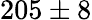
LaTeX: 205\pm 8